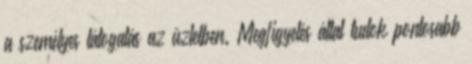
a személyes látogatás az üzletben. Megfigyelés által tudok pontosabb